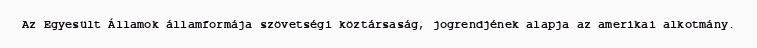
Az Egyesült Államok államformája szövetségi köztársaság, jogrendjének alapja az amerikai alkotmány.